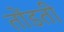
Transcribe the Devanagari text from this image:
तोंडती